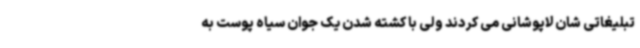
تبلیغاتی شان لاپوشانی می کردند ولی با کشته شدن یک جوان سیاه پوست به